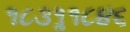
૧૮૩૧ૢ૧૮૪૬